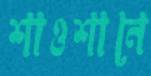
শাওশানে